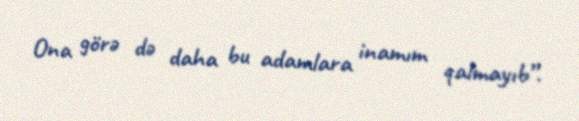
Ona görə də daha bu adamlara inamım qalmayıb”.